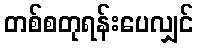
တစ်စတုရန်းပေလျှင်